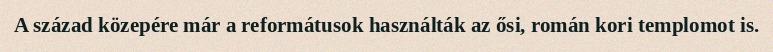
A század közepére már a reformátusok használták az ősi, román kori templomot is.